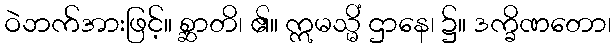
ဝဲဘက်အားဖြင့်။ စ္ဆာတိ၊ ၏။ ဣမသ္မိံ ဌာနေ၊ ၌။ ဒက္ခိဏတော၊